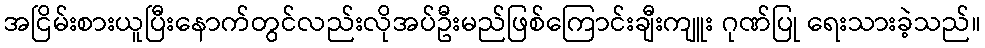
အငြိမ်းစားယူပြီးနောက်တွင်လည်းလိုအပ်ဦးမည်ဖြစ်ကြောင်းချီးကျူး ဂုဏ်ပြု ရေးသားခဲ့သည်။